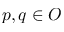
p , q \in O